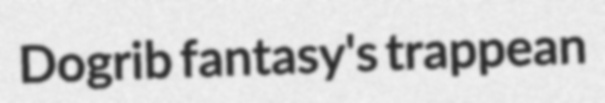
Dogrib fantasy's trappean